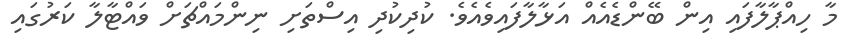
މާ ހިއްޕާލާފައި އިން ބޭންޑެއެއް އަޅާލާފައިވެއެވެ. ކުދިކުދި އިސްތަށި ނިންމައްޗަށް ވައްޓާލާ ކަރުގައި